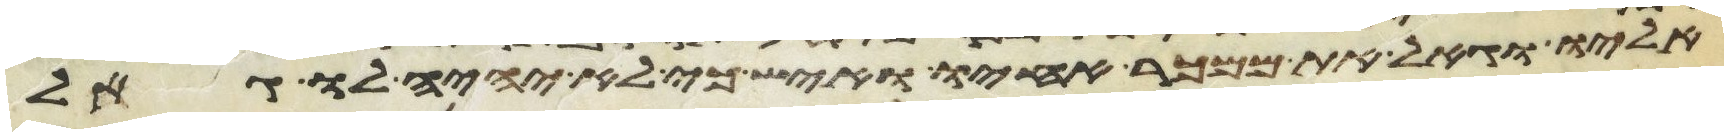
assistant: אליו וגאל את ממכר אחיו ואיש כי לא יהיה לו גאל